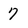
Character: 7